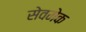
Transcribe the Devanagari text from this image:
सेवमेक